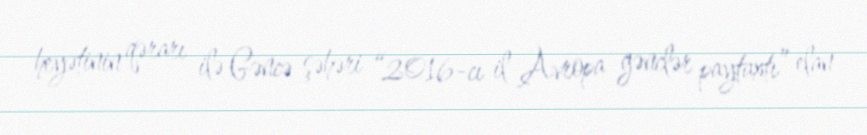
heyətinin qərarı ilə Gəncə şəhəri “2016-cı il Avropa gənclər paytaxtı” elan